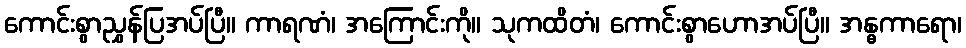
ကောင်းစွာညွှန်ပြအပ်ပြီ။ ကာရဏံ၊ အကြောင်းကို။ သုကထိတံ၊ ကောင်းစွာဟောအပ်ပြီ။ အန္ဓကာရော၊